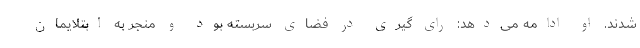
شدند. او ادامه می‌دهد: رای گیری در فضای سربسته بود و منجر به ابتلایمان